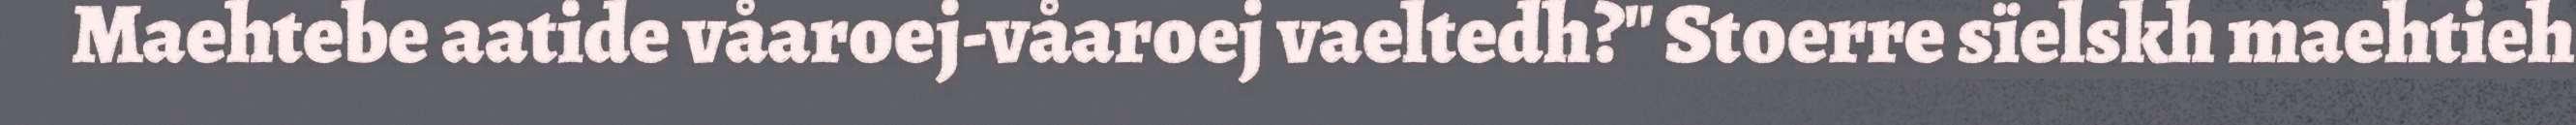
Maehtebe aatide våaroej-våaroej vaeltedh?" Stoerre sïelskh maehtieh